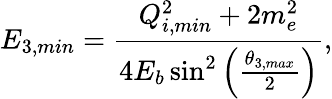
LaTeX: E_{3,{min}}=\frac{Q_{i,{min}}^{2}+2m_{e}^{2}}{4E_{b}\sin^{2}\left(\frac{\theta_{3,{max}}}{2}\right)},